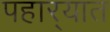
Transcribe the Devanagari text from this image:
पहार्‍यात